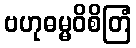
ဗဟုဓမ္မဝိစိတြံ